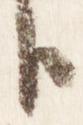
臣